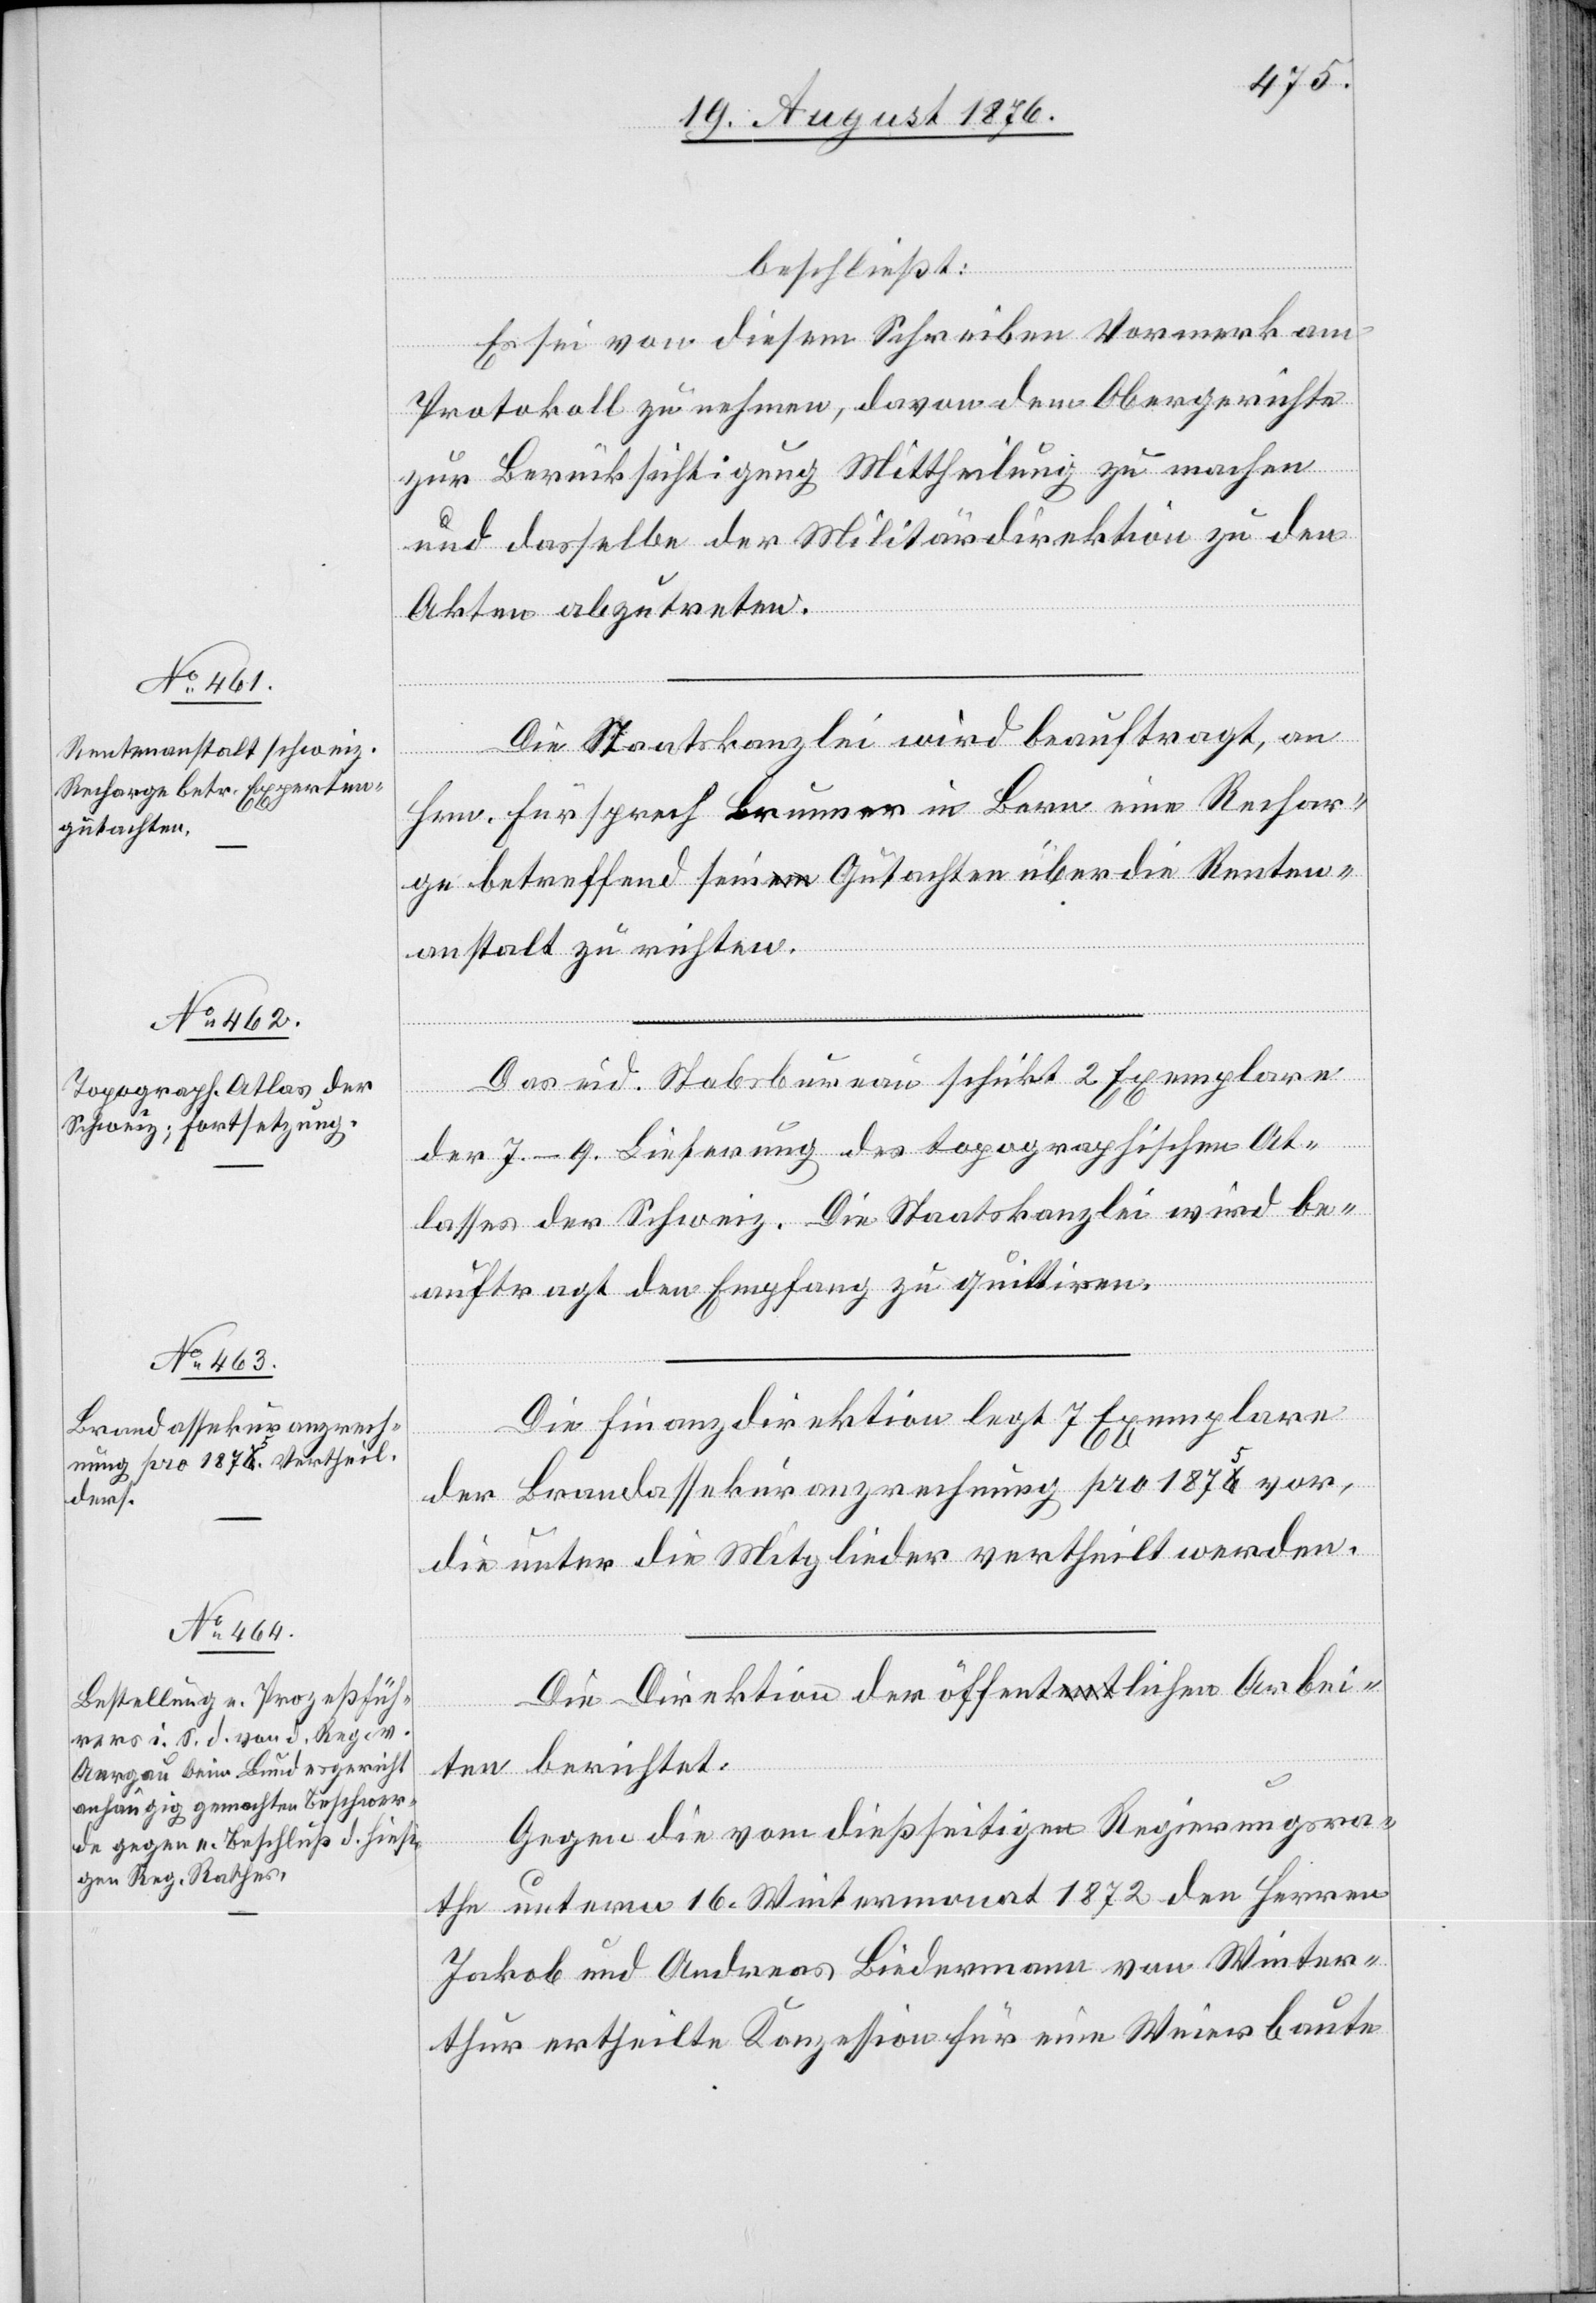
beschließt:
Es sei von diesem Schreiben Vormerk am
Protokoll zu nehmen, davon dem Obergerichte
zur Berücksichtigung Mittheilung zu machen
und dasselbe der Militärdepartement zu den
Akten abzutreten.
Die Staatskanzlei wird beauftragt, an
Hrn. Fürsprech Brunner in Bern eine Rechar¬
ge betreffend sein Gutachten über die Renten¬
anstalt zu richten.
Das eid. Stabsbureau schickt 2 Exemplare
der 7.–9. Lieferung des topographischen At¬
lasses der Schweiz. Die Staatskanzlei wird be¬
auftragt den Empfang zu quittiren.
Die Finanzdirektion legt 7 Exemplare
der Brandassekuranzrechnung pro 1875 vor,
die unter die Mitglieder vertheilt werden.
Die Direktion der öffentlichen Arbei¬
ten berichtet:
Gegen die vom dießseitigen Regierungsra¬
the unterm 16. Wintermonat 1872 den Herren
Jakob und Andreas Biedermann von Winter¬
thur ertheilte Konzession für eine Weierbaute